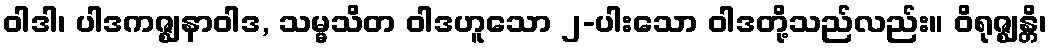
ဝါဒါ၊ ပါဒကဇ္ဈနာဝါဒ, သမ္မသိတ ဝါဒဟူသော ၂-ပါးသော ဝါဒတို့သည်လည်း။ ဝိရုဇ္ဈန္တိ၊